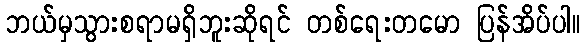
ဘယ်မှသွားစရာမရှိဘူးဆိုရင် တစ်ရေးတမော ပြန်အိပ်ပါ။